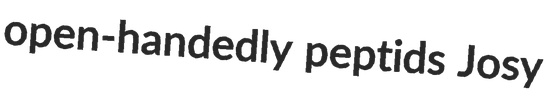
open-handedly peptids Josy